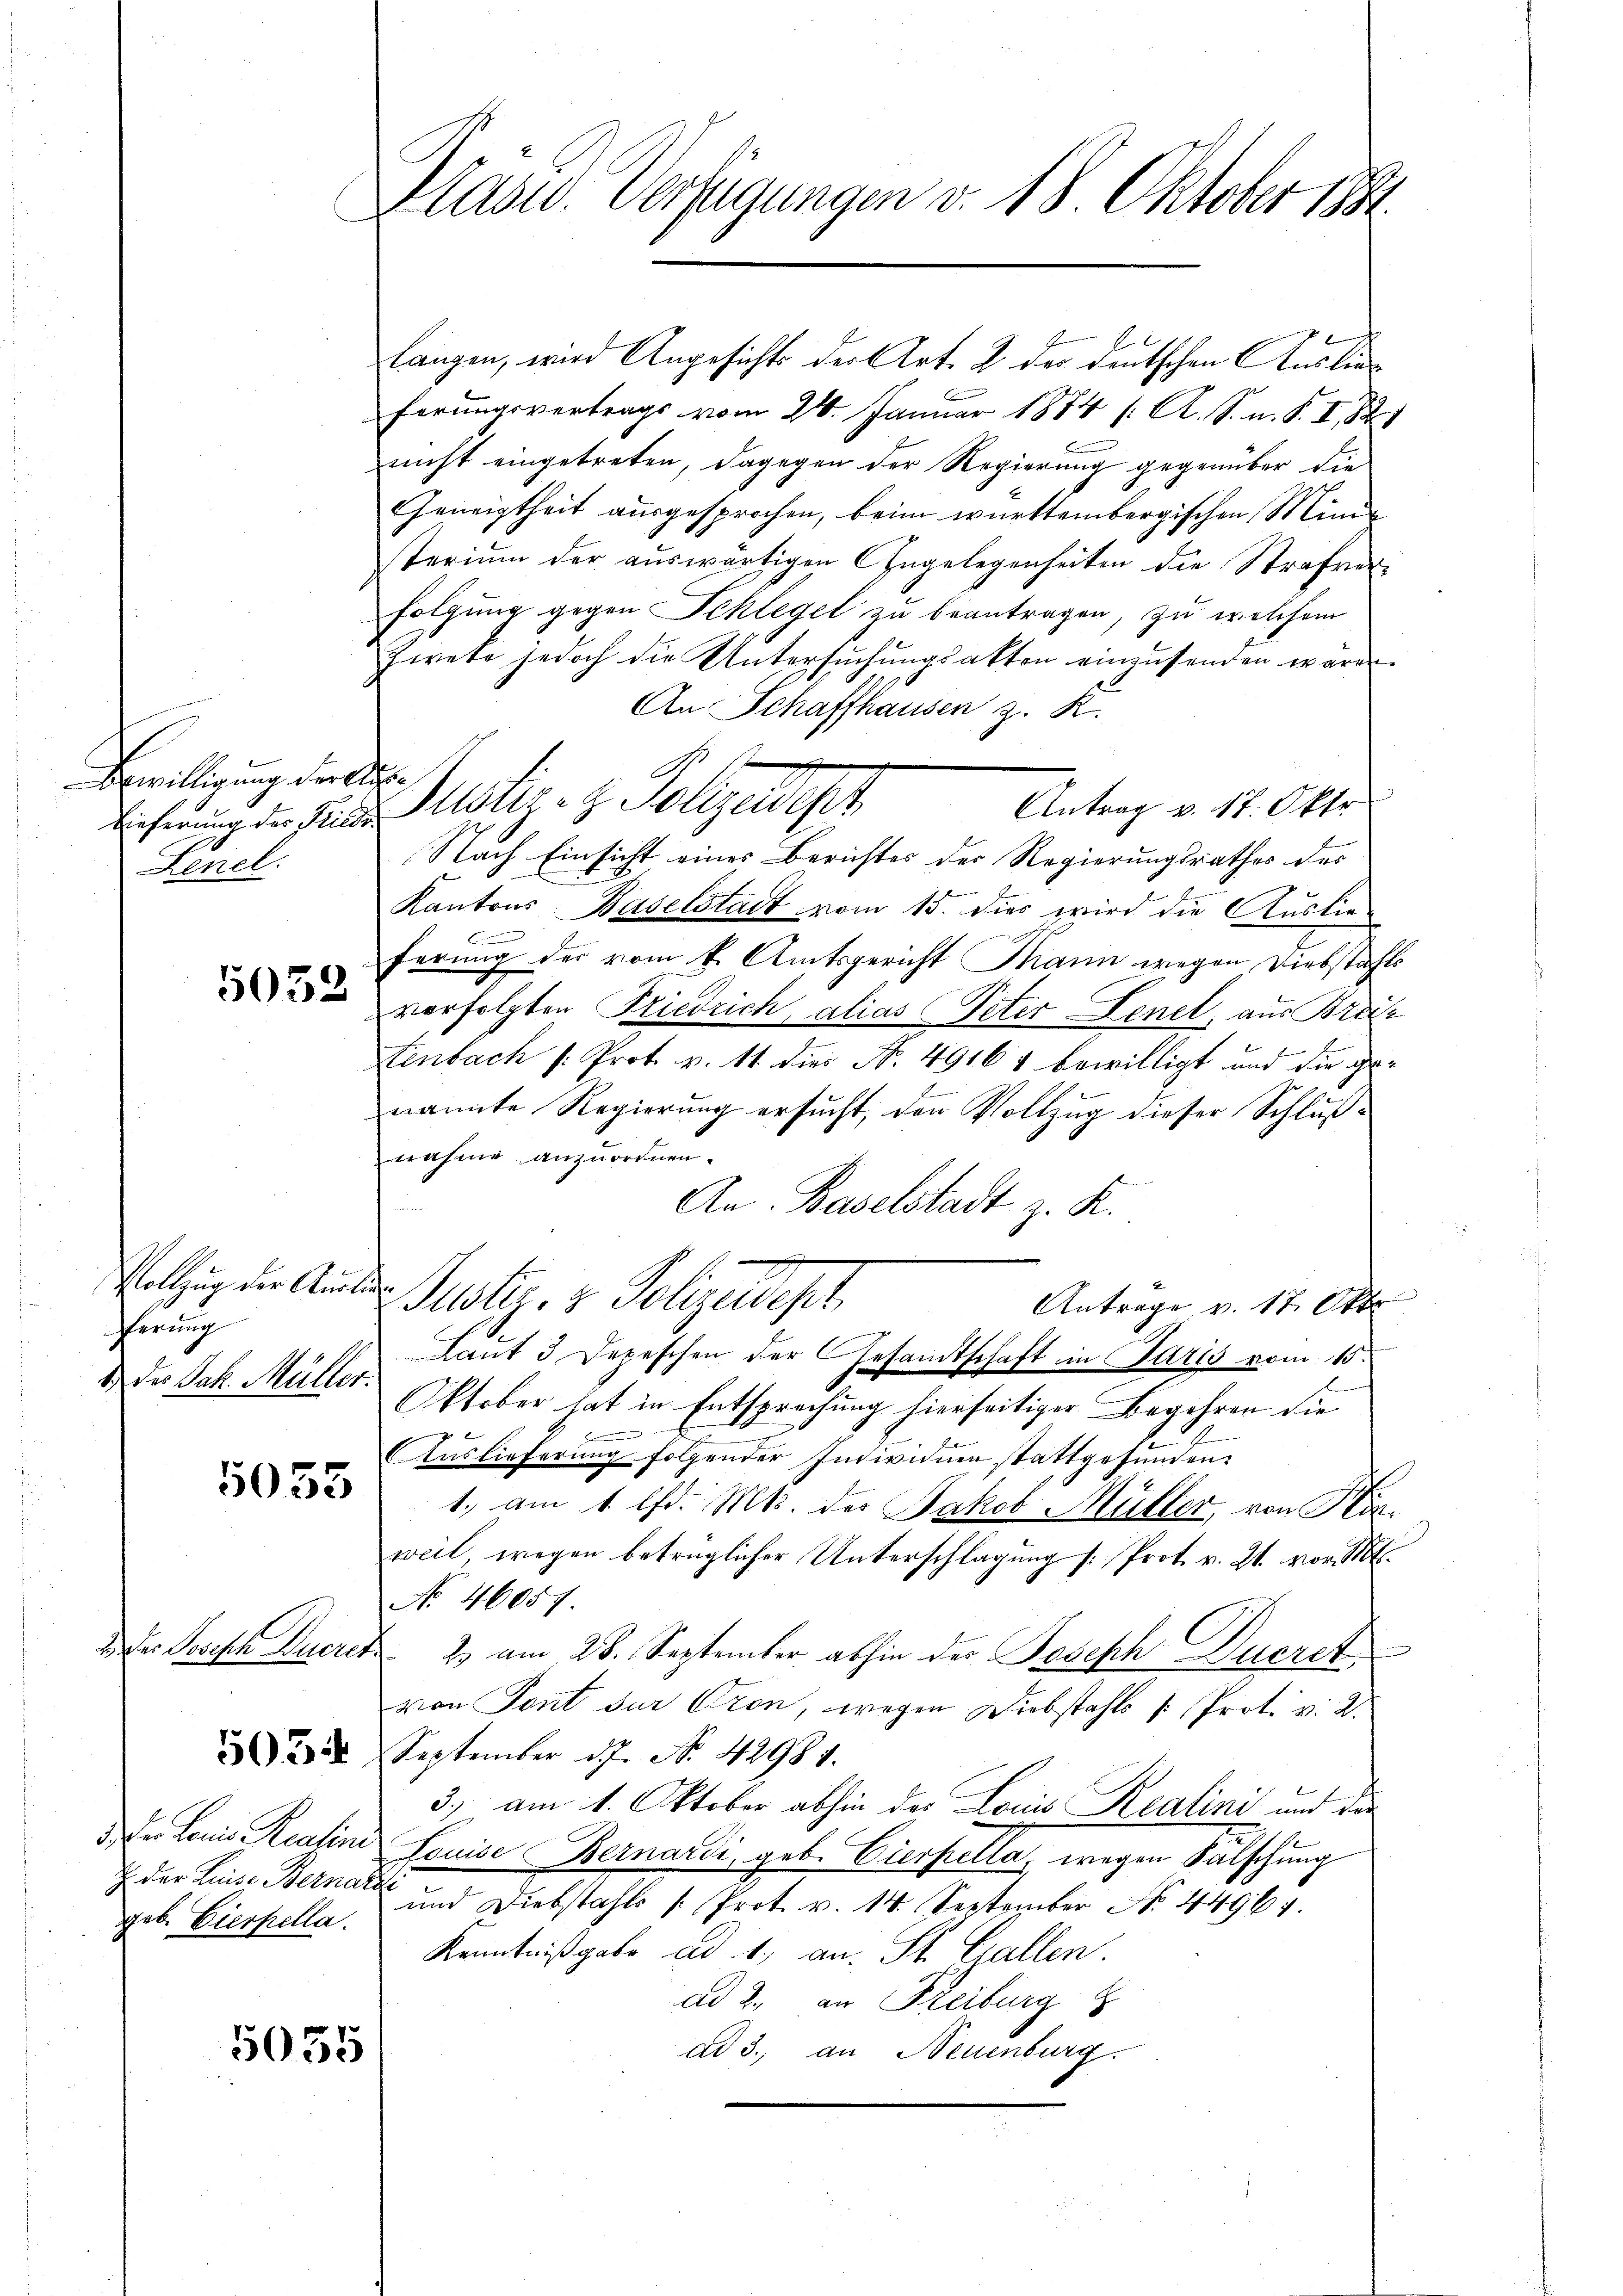
Bewilligung der Aus¬
Lenel.

5032

Vollzug der Auslie
Ferung
1.) Der Jak. Müller.

5055

der Liese Bernatz
geb. Eierpella.

längen, wird Angesichts der Art. 2 des deutschen Auslieferungsvertrags vom 24. Januar 1874 /: A. S. u. S. I, 821
nicht eingetreten, dagegen der Regierung gegenüber die
Geneigtheit ausgesprochen, beim württembergischen Minde
sterium der auswärtigen Engelegenheiten die Strafverfolgung gegen Schlegel zu beantragen, zu welchem
Ewreke jedoch die Untersŭchŭngsakten einzusenden wären.
An Schaffhausen z. K.
N 17
Antrag v. 17. Okto
Lieferung der Friede Astiz- & Polizeidept
Nach Einsicht eines Berichtes der Regierungsrathes des
Kantons Baselstadt vom 15. dies wird die Auslie-
C
ferung der vom k. Amtsgericht Mann wegen Diebstahls
verfolgten Friedrich, alias Peter Lenet, aus Breiz
tenbach /: Prot. v. 11. dies N. 49167 bewilligt und die genannte Regierung ersucht, den Vollzug dieser Schlußnahme anzuordnen.
An Baselstadt z. R.
Justiz- & Polizadept.
Antrage v. 17. Okto
Laut 3 Depeschen der Gesandtschaft in Paris vom 15.
Oktober hat in Entsprechung hierseitiger Begehren die
b
Auslieferung folgender Individuen stattgefunden.
1. am 1. lfd. Mts. des Jakob Müller, von Hinweil, wegen betrüglicher Unterschlagung s. Prot. v. 21. vor. Mts.
No 46057.
Der Sores Dueret 2. am 28. September abhin der Joseph Decret
von Sont sur Cron, wegen Diebstahls " Prot. v. 2.
2 September 17. No. 42984.
3) am 1. Oktober abhin des Louis Realini und das
.Der Louis Realine Louise Bernardi, geb. Eierpella, wegen Falschung
und Diebstahls /: Prot. v. 14. September N. 44964.
Kenntnißgabe ad 1., an St. Gallen.
ad 2., an Freiburg
ad 3., an Neuenburg.

5055

Präsid. Verfügungen v. 18. Oktober 1890.